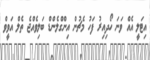
އިޓަލީ އެއް ވަނަ ހޯދިއިރު ފަހު މެޗުން އިންގްލެންޑް ބަލިވެއްޖެ ތެލް އަވީވް